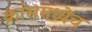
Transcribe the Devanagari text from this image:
फ्रांसमध्येच